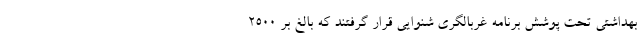
بهداشتی تحت پوشش برنامه غربالگری شنوایی قرار گرفتند که بالغ بر ۲۵۰۰